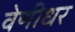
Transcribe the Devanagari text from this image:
वेणीधर